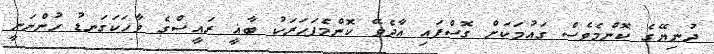
ދުނިޔޭގެ ކޮންމެވެސް ގައުމަކަށް ގޮސްފައި އާދެވޭ ކޮންމެފަހަރަކު ބާޣީ ރައީސްގެ ވާހަކަގަނޑު ހުންނަނީ